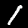
Label: 1